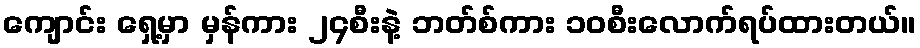
ကျောင်း ရှေ့မှာ မှန်ကား ၂၄စီးနဲ့ ဘတ်စ်ကား ၁၀စီးလောက်ရပ်ထားတယ်။